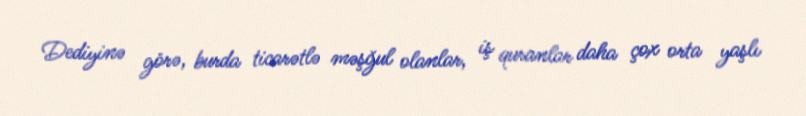
Dediyinə görə, burda ticarətlə məşğul olanlar, iş quranlar daha çox orta yaşlı